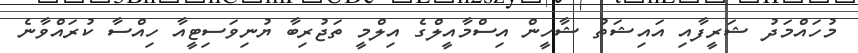
މުހައްމަދު ޝަރީފާއި އައިޝަތު ޝާހީން އިސްމާއީލްގެ އިލްމީ ތަޖުރިބާ ޔުނިވަސިޓީއާ ހިއްސާ ކުރައްވާނެ